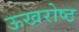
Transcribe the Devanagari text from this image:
ऊखरोष्ठ